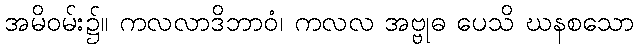
အမိဝမ်း၌။ ကလလာဒိဘာဝံ၊ ကလလ အဗ္ဗုဓ ပေသိ ဃနစသော